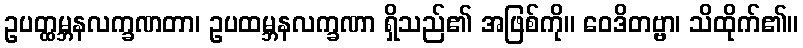
ဥပတ္ထမ္ဘနလက္ခဏတာ၊ ဥပထမ္ဘနလက္ခဏာ ရှိသည်၏ အဖြစ်ကို။ ဝေဒိတဗ္ဗာ၊ သိထိုက်၏။